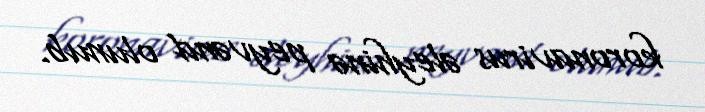
koronavirus əleyhinə peyvənd olunub.